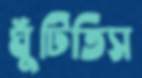
ঘুঁটিতিস